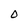
Character: 0